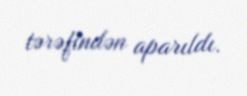
tərəfindən aparıldı.